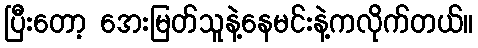
ပြီးတော့ အေးမြတ်သူနဲ့နေမင်းနဲ့ကလိုက်တယ်။